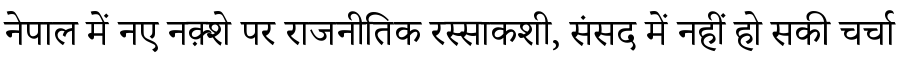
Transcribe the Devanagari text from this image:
नेपाल में नए नक़्शे पर राजनीतिक रस्साकशी, संसद में नहीं हो सकी चर्चा